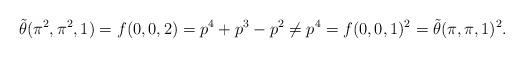
LaTeX: \begin{align*} \tilde\theta(\pi^2,\pi^2,1)=f(0,0,2)=p^4+p^3-p^2\neq p^4=f(0,0,1)^2=\tilde\theta(\pi,\pi,1)^2. \end{align*}